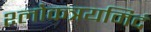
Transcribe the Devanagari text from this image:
श्लोकत्रयमिदं